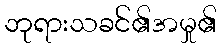
ဘုရားသခင်၏အမှု၏